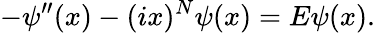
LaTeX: -\psi^{\prime\prime}(x)-(ix)^{N}\psi(x)=E\psi(x).